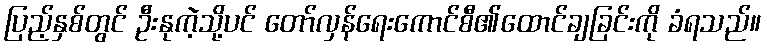
ပြည့်နှစ်တွင် ဦးနုကဲ့သို့ပင် တော်လှန်ရေးကောင်စီ၏ထောင်ချခြင်းကို ခံရသည်။